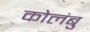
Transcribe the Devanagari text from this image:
कोलंबु